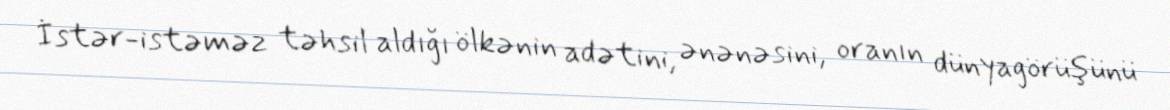
İstər-istəməz təhsil aldığı ölkənin adətini, ənənəsini, oranın dünyagörüşünü